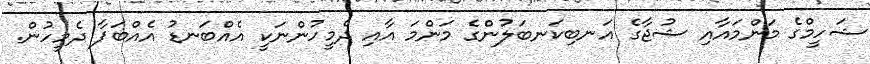
ޝަހީމްގެ މަންމައާއި ޝުޖާގެ އަނބިކަނބަލުންގެ މަންމަ އާއި ދެމީހުންނަކީ އެއްބަނޑު އެއްބަފާ ދެމީހުން.